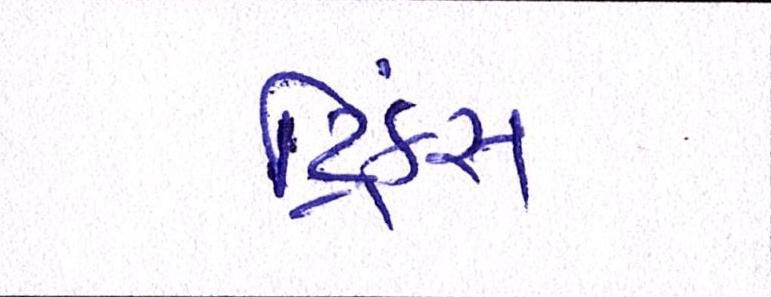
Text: ડ્રિંક્સ